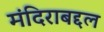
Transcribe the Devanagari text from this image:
मंदिराबद्दल